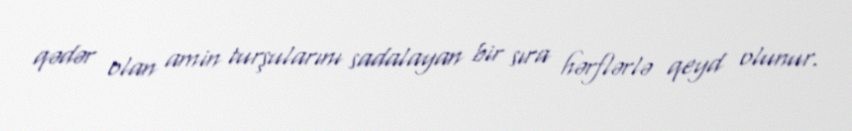
qədər olan amin turşularını sadalayan bir sıra hərflərlə qeyd olunur.